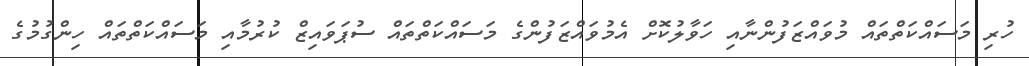
ހުރި މަސައްކަތްތައް މުވައްޒަފުންނާއި ހަވާލުކޮށް އެމުވައްޒަފުންގެ މަސައްކަތްތައް ސުޕަވައިޒް ކުރުމާއި މަސައްކަތްތައް ހިންގުމުގެ